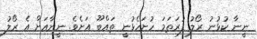
ނީނާ ކުޅުނު ރޯލު ފުރަތަމަ ހުށަހެޅުނީ ތައްބޫ އަށެވެ. ނީނާއަށް އެ ރޯލު